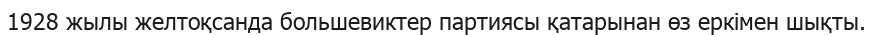
1928 жылы желтоқсанда большевиктер партиясы қатарынан өз еркімен шықты.